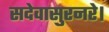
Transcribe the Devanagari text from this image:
सदेवासुरनरे।